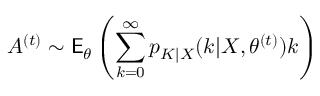
A ^ { ( t ) } \sim \mathsf E _ { \theta } \left( \sum _ { k = 0 } ^ { \infty } p _ { K | X } ( k | X , \theta ^ { ( t ) } ) k \right)